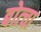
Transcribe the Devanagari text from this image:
बोत्चा